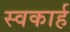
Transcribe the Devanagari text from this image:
स्वकार्ह